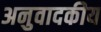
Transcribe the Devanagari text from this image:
अनुवादकीय